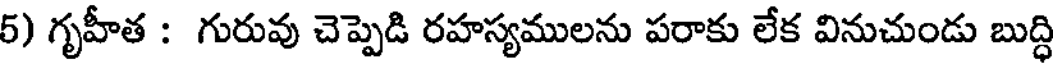
6) గృహీత : గురువు చెప్పెడి రహస్యములను పరాకు లేక వినుచుండు బుద్ధి